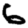
Digit: 6